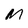
Character: M